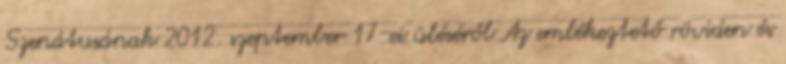
Szenátusának 2012. szeptember 17-ei üléséről Az emlékeztető röviden és